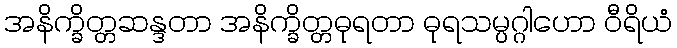
အနိက္ခိတ္တဆန္ဒတာ အနိက္ခိတ္တဓုရတာ ဓုရသမ္ပဂ္ဂါဟော ဝီရိယံ